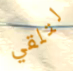
لتلقي